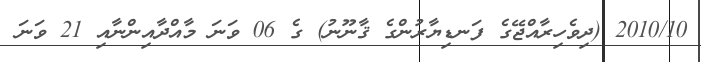
2010/10 (ދިވެހިރާއްޖޭގެ ފަނޑިޔާރުންގެ ޤާނޫނު) ގެ 06 ވަނަ މާއްދާއިންނާއި 21 ވަނަ